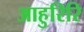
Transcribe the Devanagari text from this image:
आहुरिरि